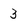
Character: 3